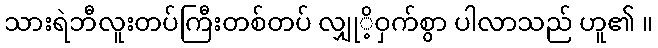
သားရဲဘီလူးတပ်ကြီးတစ်တပ် လျှုိ့ဝှက်စွာ ပါလာသည် ဟူ၏ ။